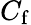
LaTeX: C_{\mathrm{f}}